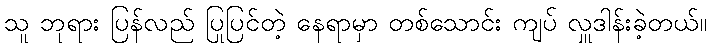
သူ ဘုရား ပြန်လည် ပြုပြင်တဲ့ နေရာမှာ တစ်သောင်း ကျပ် လှူဒါန်းခဲ့တယ်။